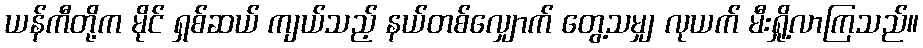
ယန်ကီတို့က မိုင် ရှစ်ဆယ် ကျယ်သည့် နယ်တစ်လျှောက် တွေ့သမျှ လုယက် မီးရှို့လာကြသည်။